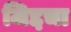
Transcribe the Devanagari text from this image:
जिद्दचा